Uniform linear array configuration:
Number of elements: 24
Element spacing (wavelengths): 0.5
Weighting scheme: blackman
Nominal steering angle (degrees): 60
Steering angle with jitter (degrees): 61.775
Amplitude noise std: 0.05
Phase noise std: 0.05

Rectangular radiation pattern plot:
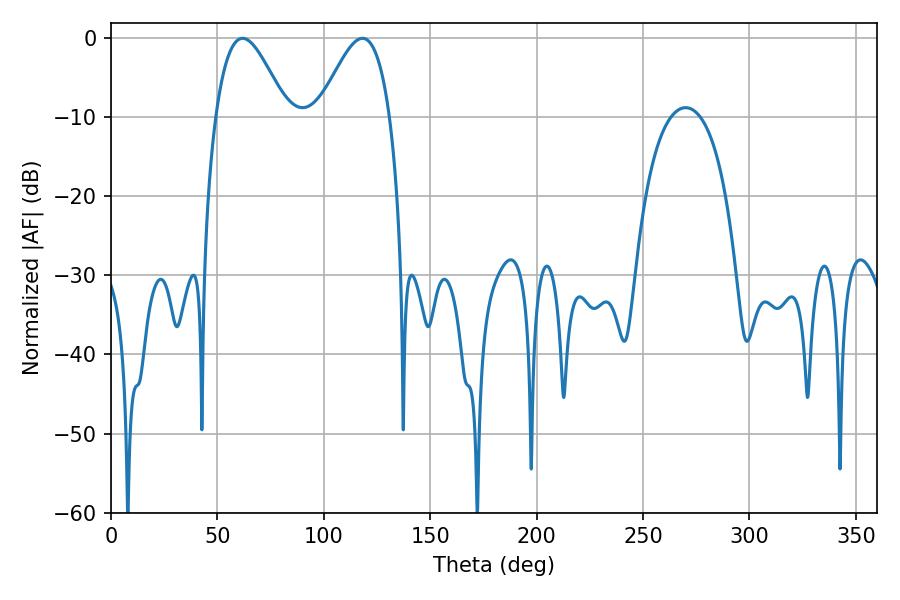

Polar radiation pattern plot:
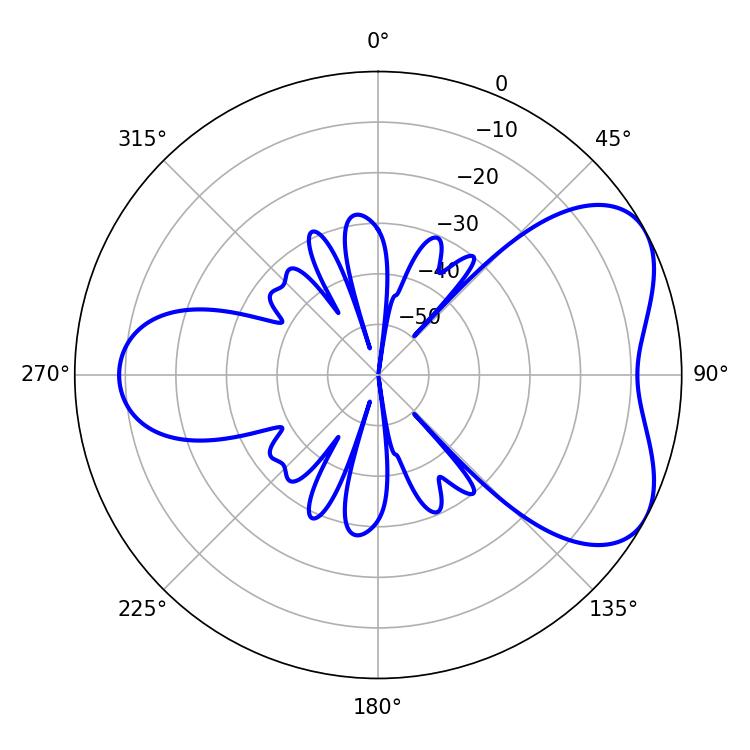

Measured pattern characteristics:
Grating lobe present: FALSE
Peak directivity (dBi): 5.327
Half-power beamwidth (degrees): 17.82
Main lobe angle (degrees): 61.92